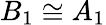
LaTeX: B_{1}\cong A_{1}